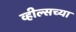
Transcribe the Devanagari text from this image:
व्हील्सच्या